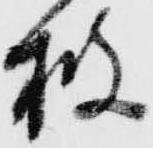
披